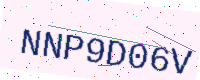
Text: NNP9D06V